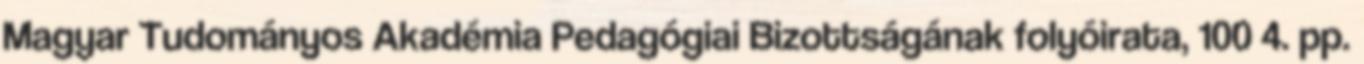
Magyar Tudományos Akadémia Pedagógiai Bizottságának folyóirata, 100 4. pp.